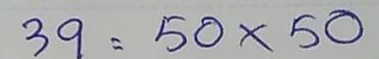
39 = 50 x 50